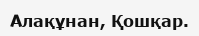
Алақұнан, Қошқар.